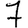
Digit: 7